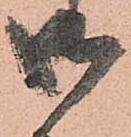
御